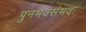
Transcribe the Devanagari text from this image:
पुनर्भवसंभवः